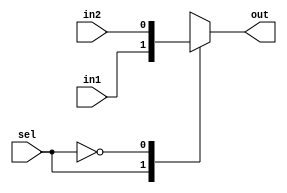
module mux2_1
(
	input 		wire		in1,
	input 		wire		in2,
	input 		wire		sel,
	output		reg			out
);
always@(*)
	case(sel)
		1'b1:out =in1;
		1'b0:out =in2;
		default:out = in1;
	endcase
endmodule